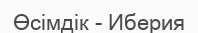
Өсімдік - Иберия